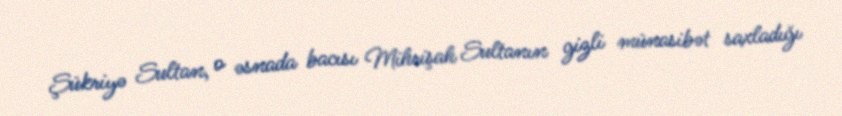
Şükriyə Sultan, o əsnada bacısı Mihrişah Sultanın gizli münasibət saxladığı